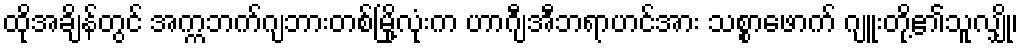
ထိုအချိန်တွင် အက္ကဘက်ဂျဘားတစ်မြို့လုံးက ဟာဂျီအီဘရာဟင်အား သစ္စာဖောက် ဂျူးတို့၏သူလျှို၊